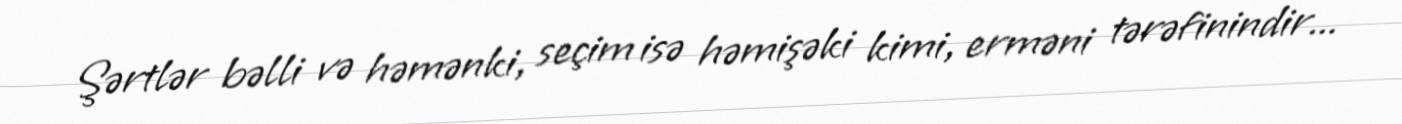
Şərtlər bəlli və həmənki, seçim isə həmişəki kimi, erməni tərəfinindir...